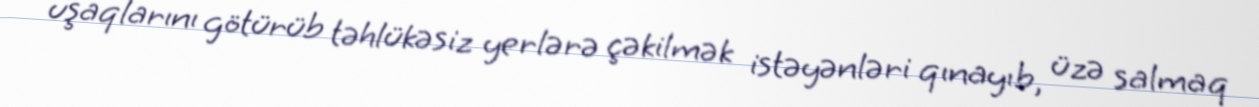
uşaqlarını götürüb təhlükəsiz yerlərə çəkilmək istəyənləri qınayıb, üzə salmaq